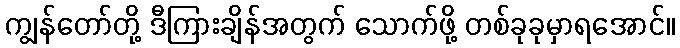
ကျွန်တော်တို့ ဒီကြားချိန်အတွက် သောက်ဖို့ တစ်ခုခုမှာရအောင်။